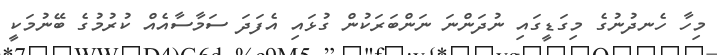
މިހާ ހެނދުނުގެ މިގަޑީގައި ނުދަންނަ ނަންބަރަކުން ގުޅައި އެފަދަ ސަމާސާއެއް ކުރުމުގެ ބޭނުމަކީ